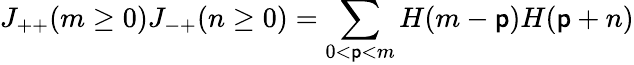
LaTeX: J_{++}(m\ge0)J_{-+}(n\ge0)=\sum_{0<\mathsf{p}<m}H(m-\mathsf{p})H(\mathsf{p}+n)